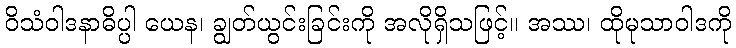
ဝိသံဝါဒနာဓိပ္ပါ ယေန၊ ချွတ်ယွင်းခြင်းကို အလိုရှိသဖြင့်။ အဿ၊ ထိုမုသာဝါဒကို